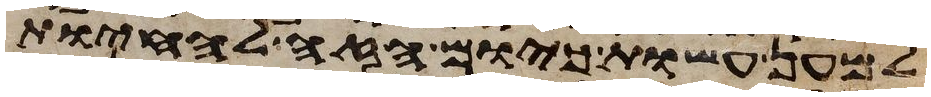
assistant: למען עשות כיום הזה להחיות